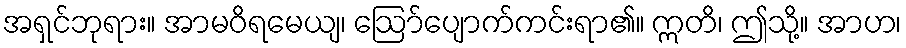
အရှင်ဘုရား။ အာမဝိရမေယျ၊ ဩော်ပျောက်ကင်းရာ၏။ ဣတိ၊ ဤသို့။ အာဟ၊